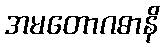
အမတောဂဓာနိ